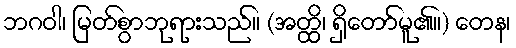
ဘဂဝါ၊ မြတ်စွာဘုရားသည်။ (အတ္ထိ၊ ရှိတော်မူ၏။) တေန၊